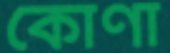
কোণা